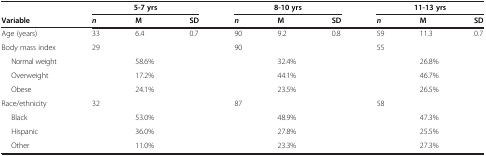
|  | <COLSPAN=3> 5-7 yrs | <COLSPAN=3> 8-10 yrs | <COLSPAN=3> 11-13 yrs |
 | Variable | n | M | SD | n | M | SD | n | M | SD |
 | --- | --- | --- | --- | --- | --- | --- | --- | --- | --- |
 | Age (years) | 33 | 6.4 | 0.7 | 90 | 9.2 | 0.8 | 59 | 11.3 | 0.7 |
 | Body mass index | 29 |  |  | 90 |  |  | 55 |  |  |
 | Normal weight |  | 58.6% |  |  | 32.4% |  |  | 26.8% |  |
 | Overweight |  | 17.2% |  |  | 44.1% |  |  | 46.7% |  |
 | Obese |  | 24.1% |  |  | 23.5% |  |  | 26.5% |  |
 | Race/ethnicity | 32 |  |  | 87 |  |  | 58 |  |  |
 | Black |  | 53.0% |  |  | 48.9% |  |  | 47.3% |  |
 | Hispanic |  | 36.0% |  |  | 27.8% |  |  | 25.5% |  |
 | Other |  | 11.0% |  |  | 23.3% |  |  | 27.3% |  |